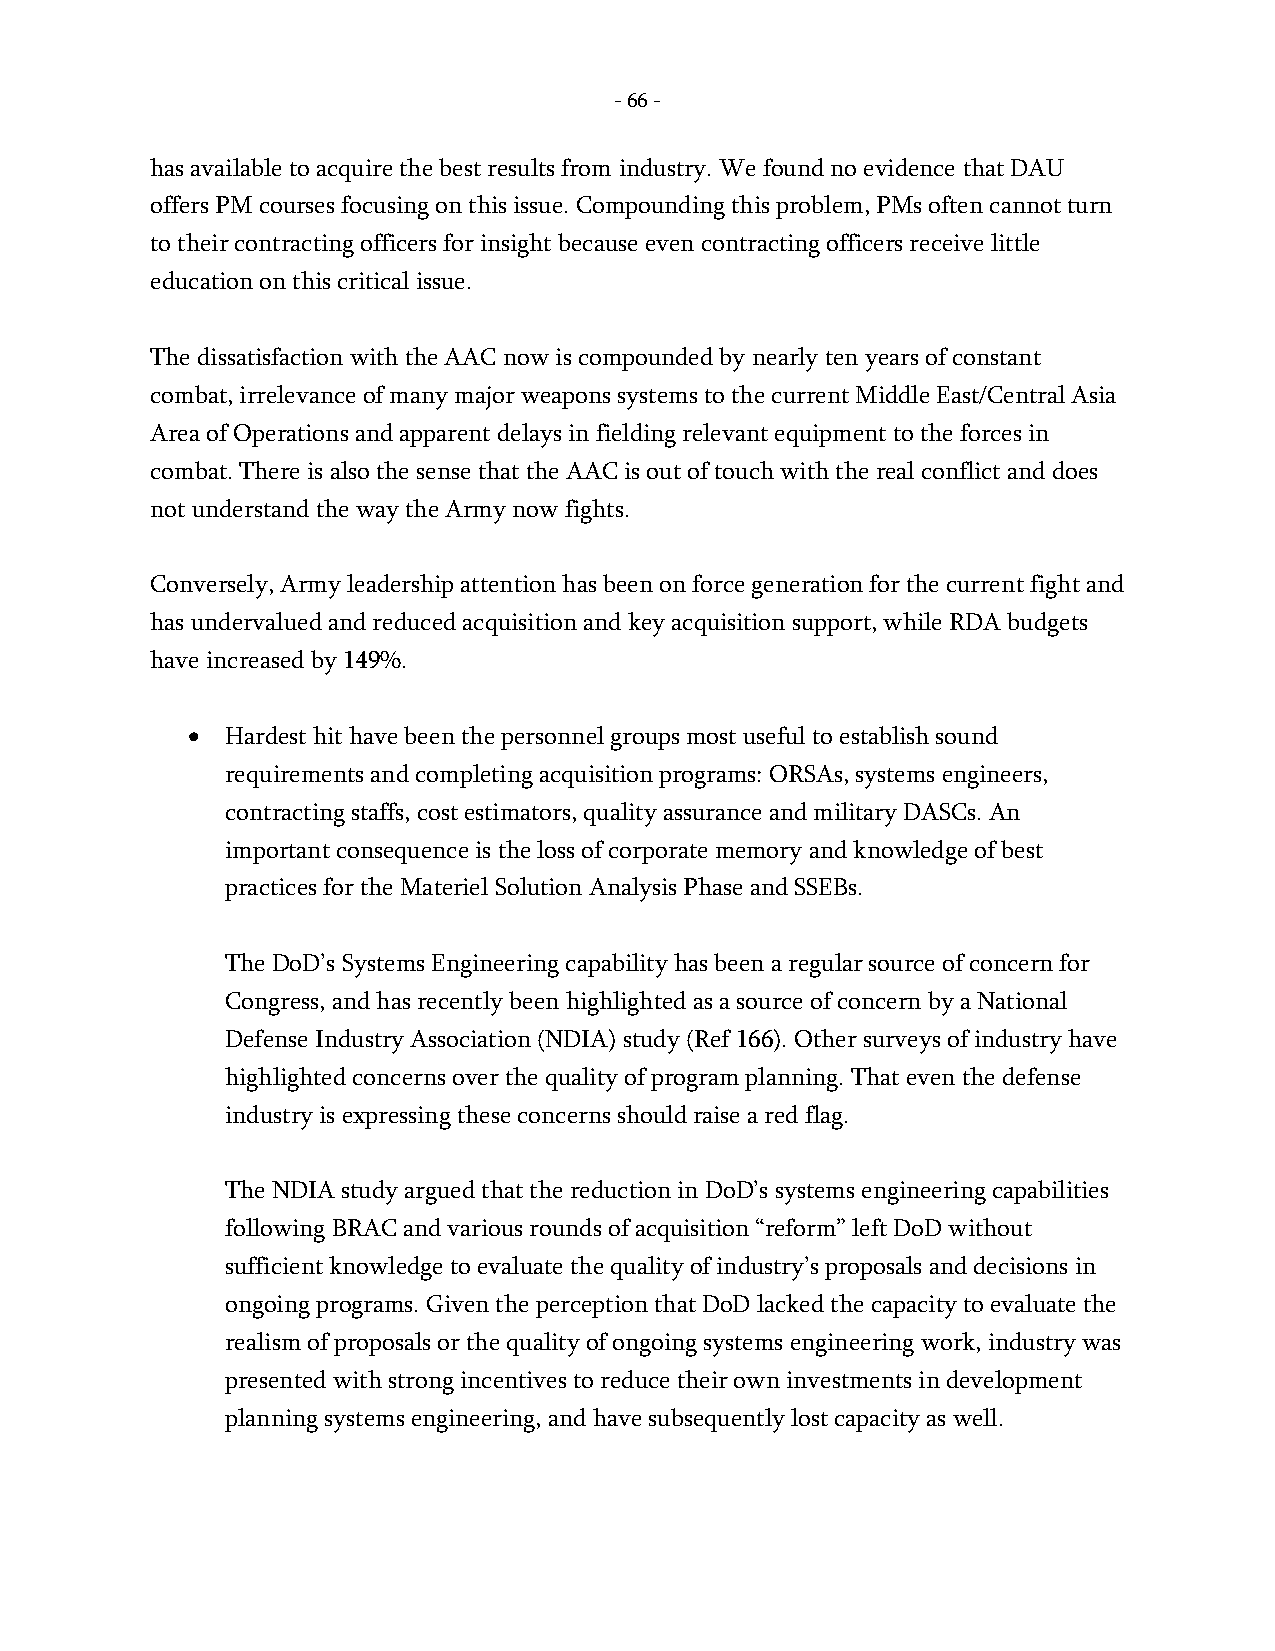
- 66 -
 has available to acquire the best results from industry. We found no evidence that DAU
 offers PM courses focusing on this issue. Compounding this problem, PMs often cannot turn
 to their contracting officers for insight because even contracting officers receive little
 education on this critical issue.
 The dissatisfaction with the AAC now is compounded by nearly ten years of constant
 combat, irrelevance of many major weapons systems to the current Middle East/Central Asia
 Area of Operations and apparent delays in fielding relevant equipment to the forces in
 combat. There is also the sense that the AAC is out of touch with the real conflict and does
 not understand the way the Army now fights.
 Conversely, Army leadership attention has been on force generation for the current fight and
 has undervalued and reduced acquisition and key acquisition support, while RDA budgets
 have increased by 149%.
 •  Hardest hit have been the personnel groups most useful to establish sound
 requirements and completing acquisition programs: ORSAs, systems engineers,
 contracting staffs, cost estimators, quality assurance and military DASCs. An
 important consequence is the loss of corporate memory and knowledge of best
 practices for the Materiel Solution Analysis Phase and SSEBs.
 The DoD’s Systems Engineering capability has been a regular source of concern for
 Congress, and has recently been highlighted as a source of concern by a National
 Defense Industry Association (NDIA) study (Ref 166). Other surveys of industry have
 highlighted concerns over the quality of program planning. That even the defense
 industry is expressing these concerns should raise a red flag.
 The NDIA study argued that the reduction in DoD’s systems engineering capabilities
 following BRAC and various rounds of acquisition “reform” left DoD without
 sufficient knowledge to evaluate the quality of industry’s proposals and decisions in
 ongoing programs. Given the perception that DoD lacked the capacity to evaluate the
 realism of proposals or the quality of ongoing systems engineering work, industry was
 presented with strong incentives to reduce their own investments in development
 planning systems engineering, and have subsequently lost capacity as well.
 -
 66
 -